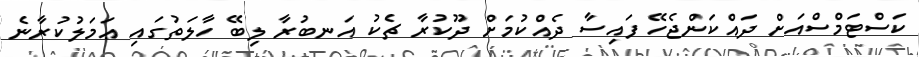
ކަސްޓަމްސްއަށް ދައްކަންޖެހޭ ފައިސާ ދެއްކުމަށް ދޫކުރާ ޗެކު އަނބުރާ ލިބޭ ހާލަތުގައި ޢަމަލުކުރާނެ